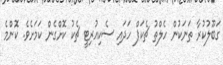
ގަބޫލުކުރާ ތަނަކުން ހެލްތު ޗެކަޕް ހަދައި ސެކިއުރިޓީ ޗެކު ކޮށްގެން ކަމަށެވެ. ކޮންމެ